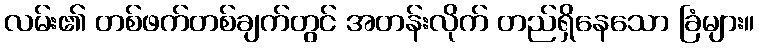
လမ်း၏ တစ်ဖက်တစ်ချက်တွင် အတန်းလိုက် တည်ရှိနေသော ခြံများ။